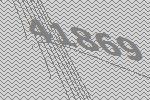
41869